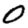
Digit: 0